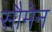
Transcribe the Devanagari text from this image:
सौमेन